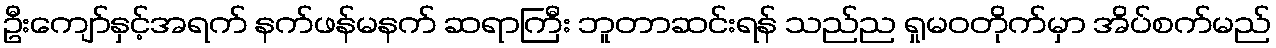
ဦးကျော်နှင့်အရက် နက်ဖန်မနက် ဆရာကြီး ဘူတာဆင်းရန် သည်ည ရှုမဝတိုက်မှာ အိပ်စက်မည်